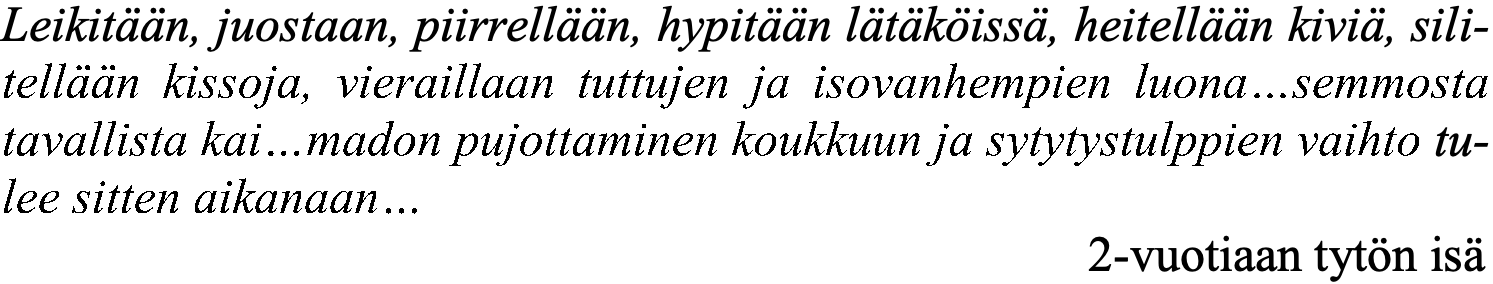
Leikitään, juostaan, piirrellään, hypitään lätäköissä, heitellään kiviä, sili- tellään kissoja, vieraillaan tuttujen ja isovanhempien luona…semmosta tavallista kai…madon pujottaminen koukkuun ja sytytystulppien vaihto tu- lee sitten aikanaan… 2-vuotiaan tytön isä